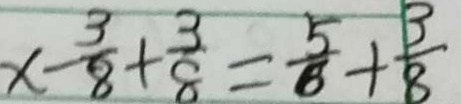
x - \frac { 3 } { 8 } + \frac { 3 } { 8 } = \frac { 5 } { 8 } + \frac { 3 } { 8 }